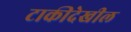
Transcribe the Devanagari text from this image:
टाकीदेखील